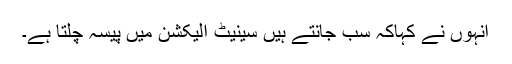
انہوں نے کہاکہ سب جانتے ہیں سینیٹ الیکشن میں پیسہ چلتا ہے۔